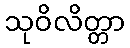
သုဝိလိတ္တာ